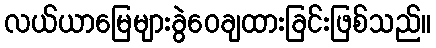
လယ်ယာမြေများခွဲဝေချထားခြင်းဖြစ်သည်။